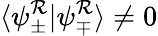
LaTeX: \langle\psi_{\pm}^{\mathcal{R}}|\psi_{\mp}^{\mathcal{R}}\rangle\neq0